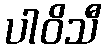
ပါဝိသီ